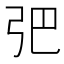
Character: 弝